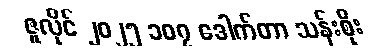
ဇူလိုင် ၂၀၂၅ ၁၀၇ ဒေါက်တာ သန်းစိုး